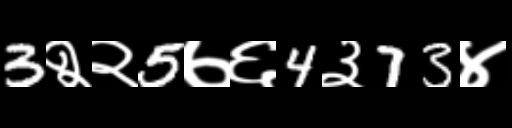
Text: 3२२5७६4३73४